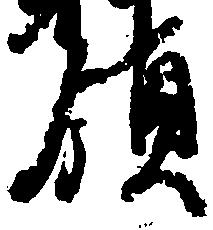
領